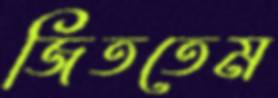
জিততেম